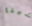
شيفا